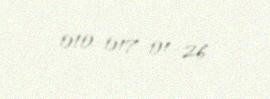
010-017-01-26